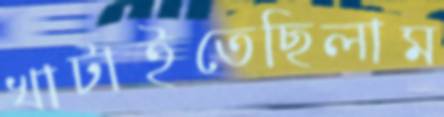
খাটাইতেছিলাম